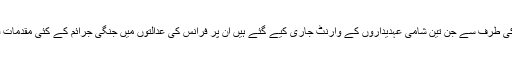
عدالت کی طرف سے جن تین شامی عہدیداروں کے وارنٹ جاری کیے گئے ہیں ان پر فرانس کی عدالتوں میں جنگی جرائم کے کئی مقدمات قائم ہیں۔